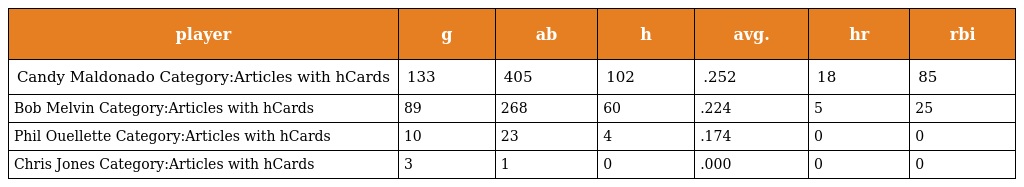
| player | g | ab | h | avg. | hr | rbi |
 | --- | --- | --- | --- | --- | --- | --- |
 | Candy Maldonado Category:Articles with hCards | 133 | 405 | 102 | .252 | 18 | 85 |
 | Bob Melvin Category:Articles with hCards | 89 | 268 | 60 | .224 | 5 | 25 |
 | Phil Ouellette Category:Articles with hCards | 10 | 23 | 4 | .174 | 0 | 0 |
 | Chris Jones Category:Articles with hCards | 3 | 1 | 0 | .000 | 0 | 0 |